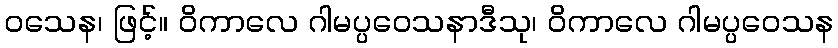
ဝသေန၊ ဖြင့်။ ဝိကာလေ ဂါမပ္ပဝေသနာဒီသု၊ ဝိကာလေ ဂါမပ္ပဝေသန